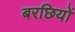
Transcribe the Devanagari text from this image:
बरछियों